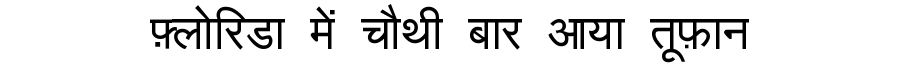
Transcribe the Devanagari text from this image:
फ़्लोरिडा में चौथी बार आया तूफ़ान